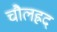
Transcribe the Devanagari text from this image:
चौलह्रद